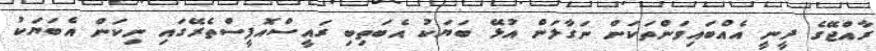
ރާއްޖޭގެ ދީނީ އެއްބައިވަންތަކަން ނަގާލަން އުޅޭ ބަޔަކު އެބަތިބި ރައީސްއޮފީސްތެރޭގައި ނިކަން އެބަޔަކު